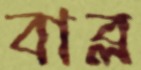
বাব্ল